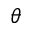
\theta